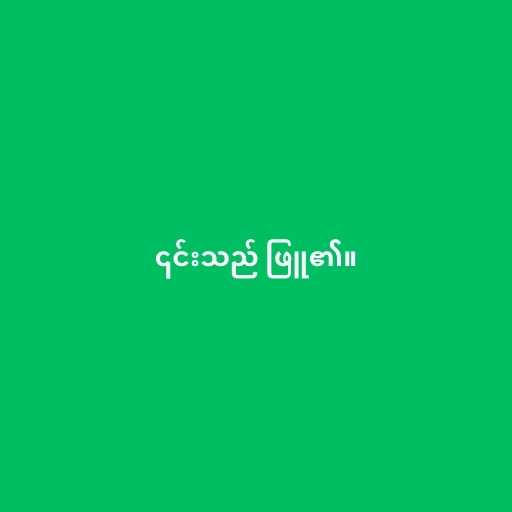
၎င်းသည် ဖြူ၏။